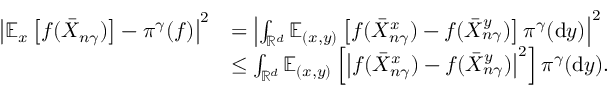
\begin{array} { r l } { \left| \mathbb { E } _ { x } \left[ f ( \bar { X } _ { n \gamma } ) \right] - \pi ^ { \gamma } ( f ) \right| ^ { 2 } } & { = \left| \int _ { \mathbb { R } ^ { d } } \mathbb { E } _ { ( x , y ) } \left[ f ( \bar { X } _ { n \gamma } ^ { x } ) - f ( \bar { X } _ { n \gamma } ^ { y } ) \right] \pi ^ { \gamma } ( \mathrm { d } y ) \right| ^ { 2 } } \\ & { \le \int _ { \mathbb { R } ^ { d } } \mathbb { E } _ { ( x , y ) } \left[ \left| f ( \bar { X } _ { n \gamma } ^ { x } ) - f ( \bar { X } _ { n \gamma } ^ { y } ) \right| ^ { 2 } \right] \pi ^ { \gamma } ( \mathrm { d } y ) . } \end{array}